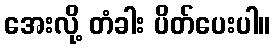
အေးလို့ တံခါး ပိတ်ပေးပါ။